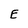
Character: E